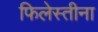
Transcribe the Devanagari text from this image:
फिलेस्तीना